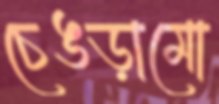
চেঙড়ামো